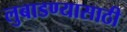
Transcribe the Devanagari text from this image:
लुबाडण्यासाठी